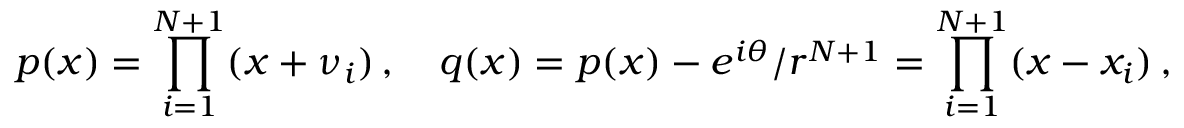
p ( x ) = \prod _ { i = 1 } ^ { N + 1 } ( x + \nu _ { i } ) \, , \quad q ( x ) = p ( x ) - e ^ { i \theta } / r ^ { N + 1 } = \prod _ { i = 1 } ^ { N + 1 } ( x - x _ { i } ) \, ,